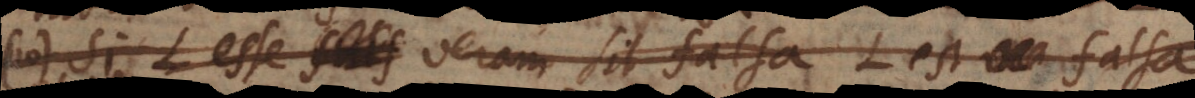
10) Si L esse fals veram sit falsa, L est falsa.